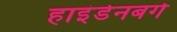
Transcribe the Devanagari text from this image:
हाइंडेनबर्ग